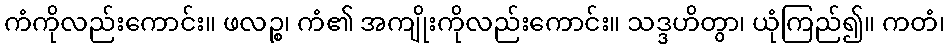
ကံကိုလည်းကောင်း။ ဖလဉ္စ၊ ကံ၏ အကျိုးကိုလည်းကောင်း။ သဒ္ဒဟိတွာ၊ ယုံကြည်၍။ ကတံ၊